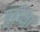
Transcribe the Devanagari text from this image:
गुढीला